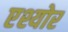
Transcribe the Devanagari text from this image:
एश्योर